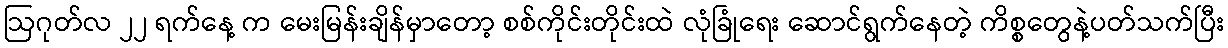
ဩဂုတ်လ ၂၂ ရက်နေ့ က မေးမြန်းချိန်မှာတော့ စစ်ကိုင်းတိုင်းထဲ လုံခြုံရေး ဆောင်ရွက်နေတဲ့ ကိစ္စတွေနဲ့ပတ်သက်ပြီး